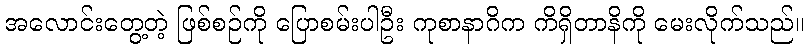
အလောင်းတွေ့တဲ့ ဖြစ်စဉ်ကို ပြောစမ်းပါဦး ကုစာနာဂိက ကိရှိတာနိကို မေးလိုက်သည်။